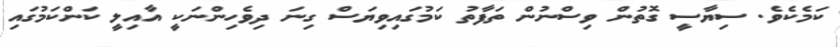
ކަމެކެވެ. ސިޔާސީ ގޮތުން ވިސްނުން ތަފާތު ކަމުގައިވިޔަސް ގިނަ ދިވެހިންނަކީ އާއިލީ ކަންކަމުގައި